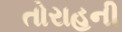
તોરાહની